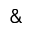
\&